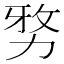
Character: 𭄯